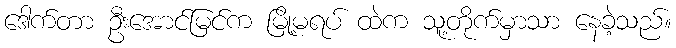
ဒေါက်တာ ဦးအောင်မြင်က မြို့မရပ် ထဲက သူ့တိုက်မှာသာ နေခဲ့သည်။